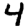
Digit: 4